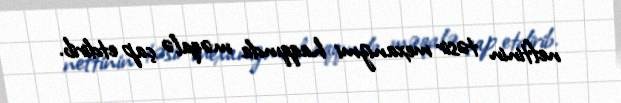
neftinin təsir mexanizmi haqqında məqalə çap etdirib.